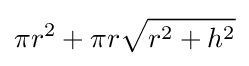
\pi r^{2}+\pi r{\sqrt {r^{2}+h^{2}}}